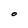
Character: O